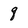
Character: q